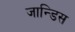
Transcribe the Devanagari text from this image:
जान्डिस